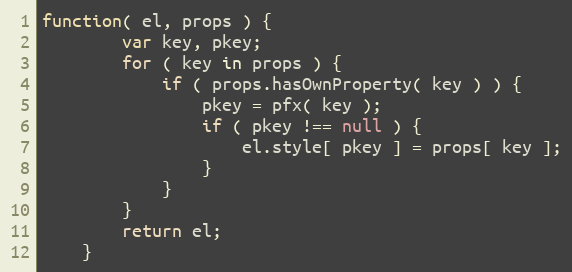
Language: JavaScript
function( el, props ) {
        var key, pkey;
        for ( key in props ) {
            if ( props.hasOwnProperty( key ) ) {
                pkey = pfx( key );
                if ( pkey !== null ) {
                    el.style[ pkey ] = props[ key ];
                }
            }
        }
        return el;
    }